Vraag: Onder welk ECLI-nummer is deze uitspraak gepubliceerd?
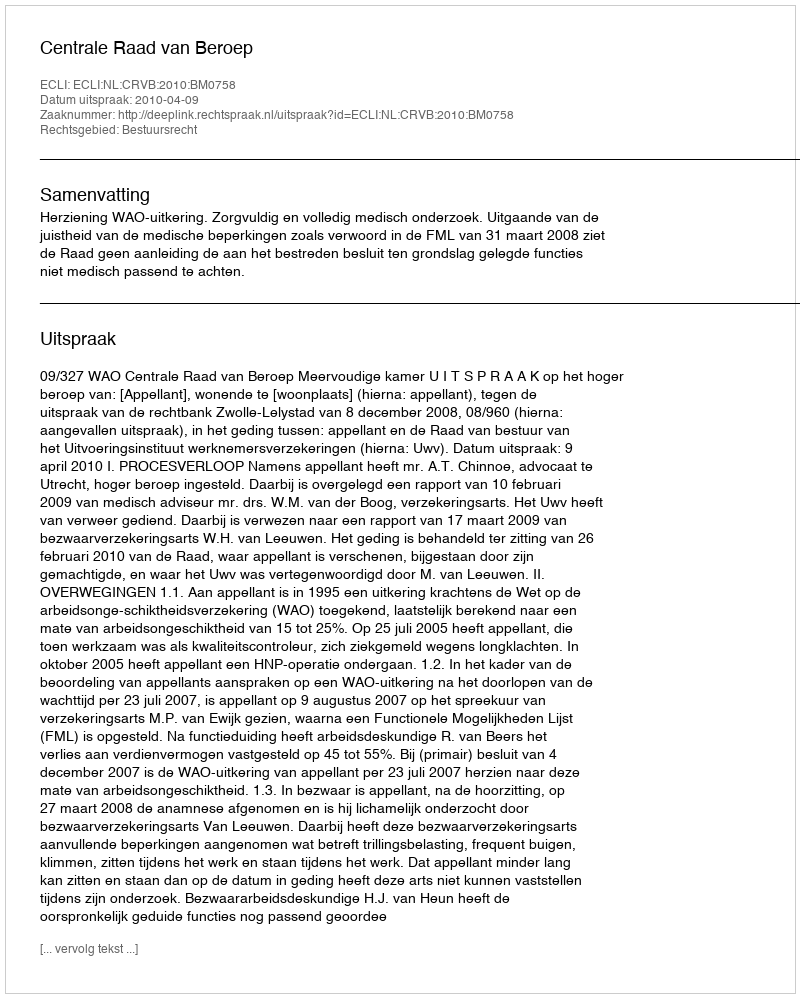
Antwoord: ECLI:NL:CRVB:2010:BM0758